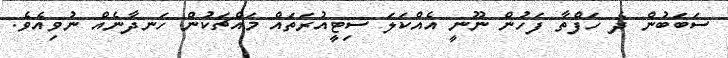
ސަބަބުން ދެ ހަފްތާ ފަހުން ނޫނީ އެއްކަލަ ސިޓީއުރަތައް މައްޗަކުން ހަނދާނެއް ނުވިއެވެ.